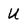
Character: U